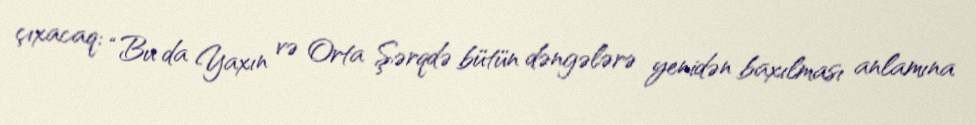
çıxacaq: “Bu da Yaxın və Orta Şərqdə bütün dəngələrə yenidən baxılması anlamına